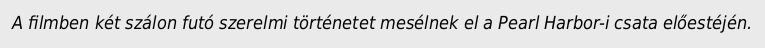
A filmben két szálon futó szerelmi történetet mesélnek el a Pearl Harbor-i csata előestéjén.